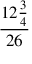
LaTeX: \frac { 1 2 { \frac { 3 } { 4 } } } { 2 6 }